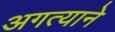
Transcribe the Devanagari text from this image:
अगत्याने